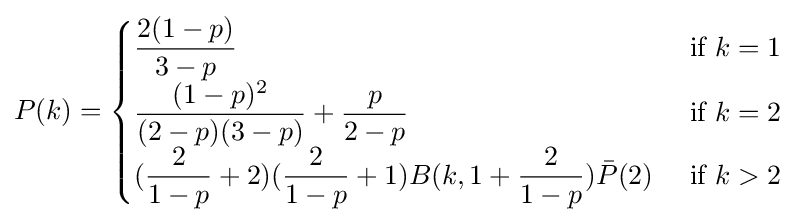
P(k)={\begin{cases}{\dfrac {2(1-p)}{3-p}}&{\mbox{ if }}k=1\\{\dfrac {(1-p)^{2}}{(2-p)(3-p)}}+{\dfrac {p}{2-p}}&{\mbox{ if }}k=2\\({\dfrac {2}{1-p}}+2)({\dfrac {2}{1-p}}+1)B(k,1+{\dfrac {2}{1-p}}){\bar {P}}(2)&{\mbox{ if }}k>2\end{cases}}